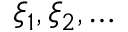
\xi _ { 1 } , \xi _ { 2 } , \ldots